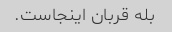
بله قربان اینجاست.